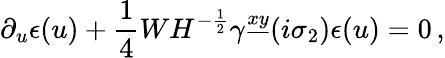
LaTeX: \partial_{u}\epsilon(u)+{\frac{1}{4}}WH^{-{\frac{1}{2}}}\gamma^{\underline{{{xy}}}}(i\sigma_{2})\epsilon(u)=0\, ,